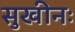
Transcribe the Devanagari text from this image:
सुखीनः